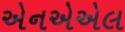
એનએએલ